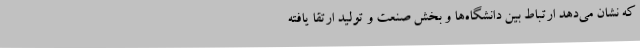
که نشان می‌دهد ارتباط بین دانشگاه‌ها و بخش صنعت و تولید ارتقا یافته